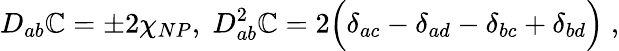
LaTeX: D_{ab}\mathbb{C}=\pm2\chi_{NP},\; D_{ab}^{2}\mathbb{C}=2\Bigl(\delta_{ac}-\delta_{ad}-\delta_{bc}+\delta_{bd}\Bigr)\; ,